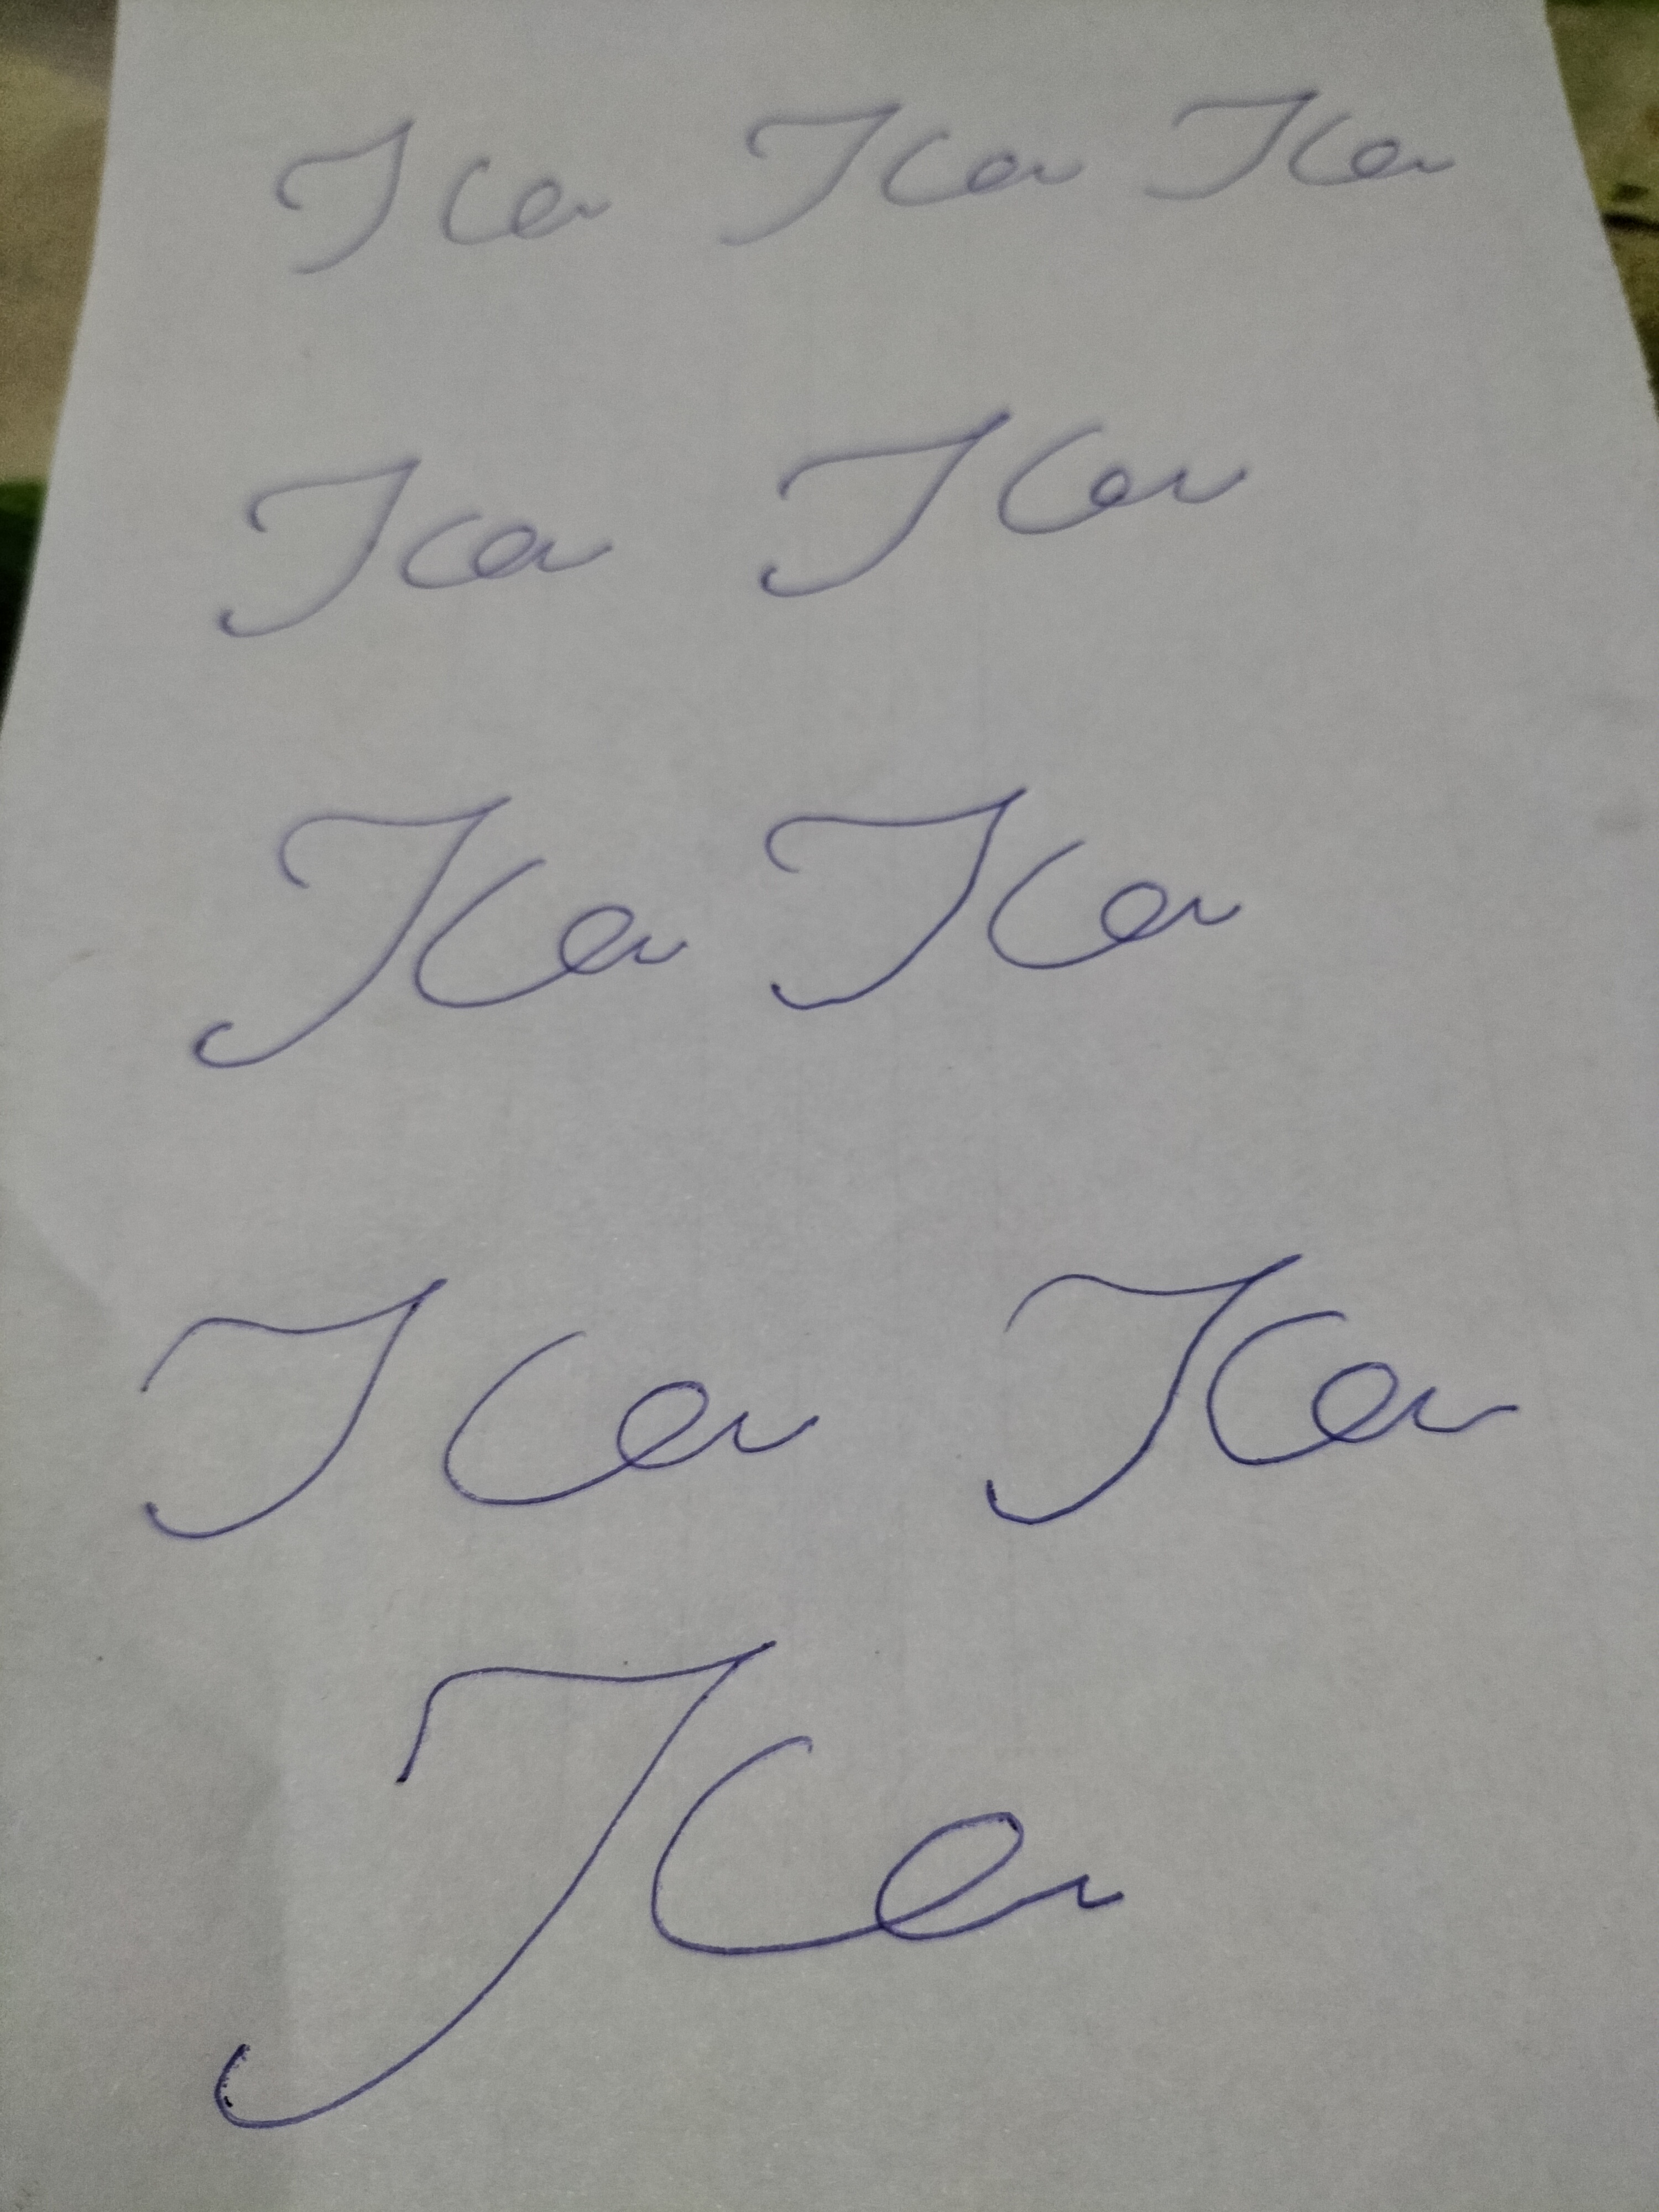
Signature authenticity: forged